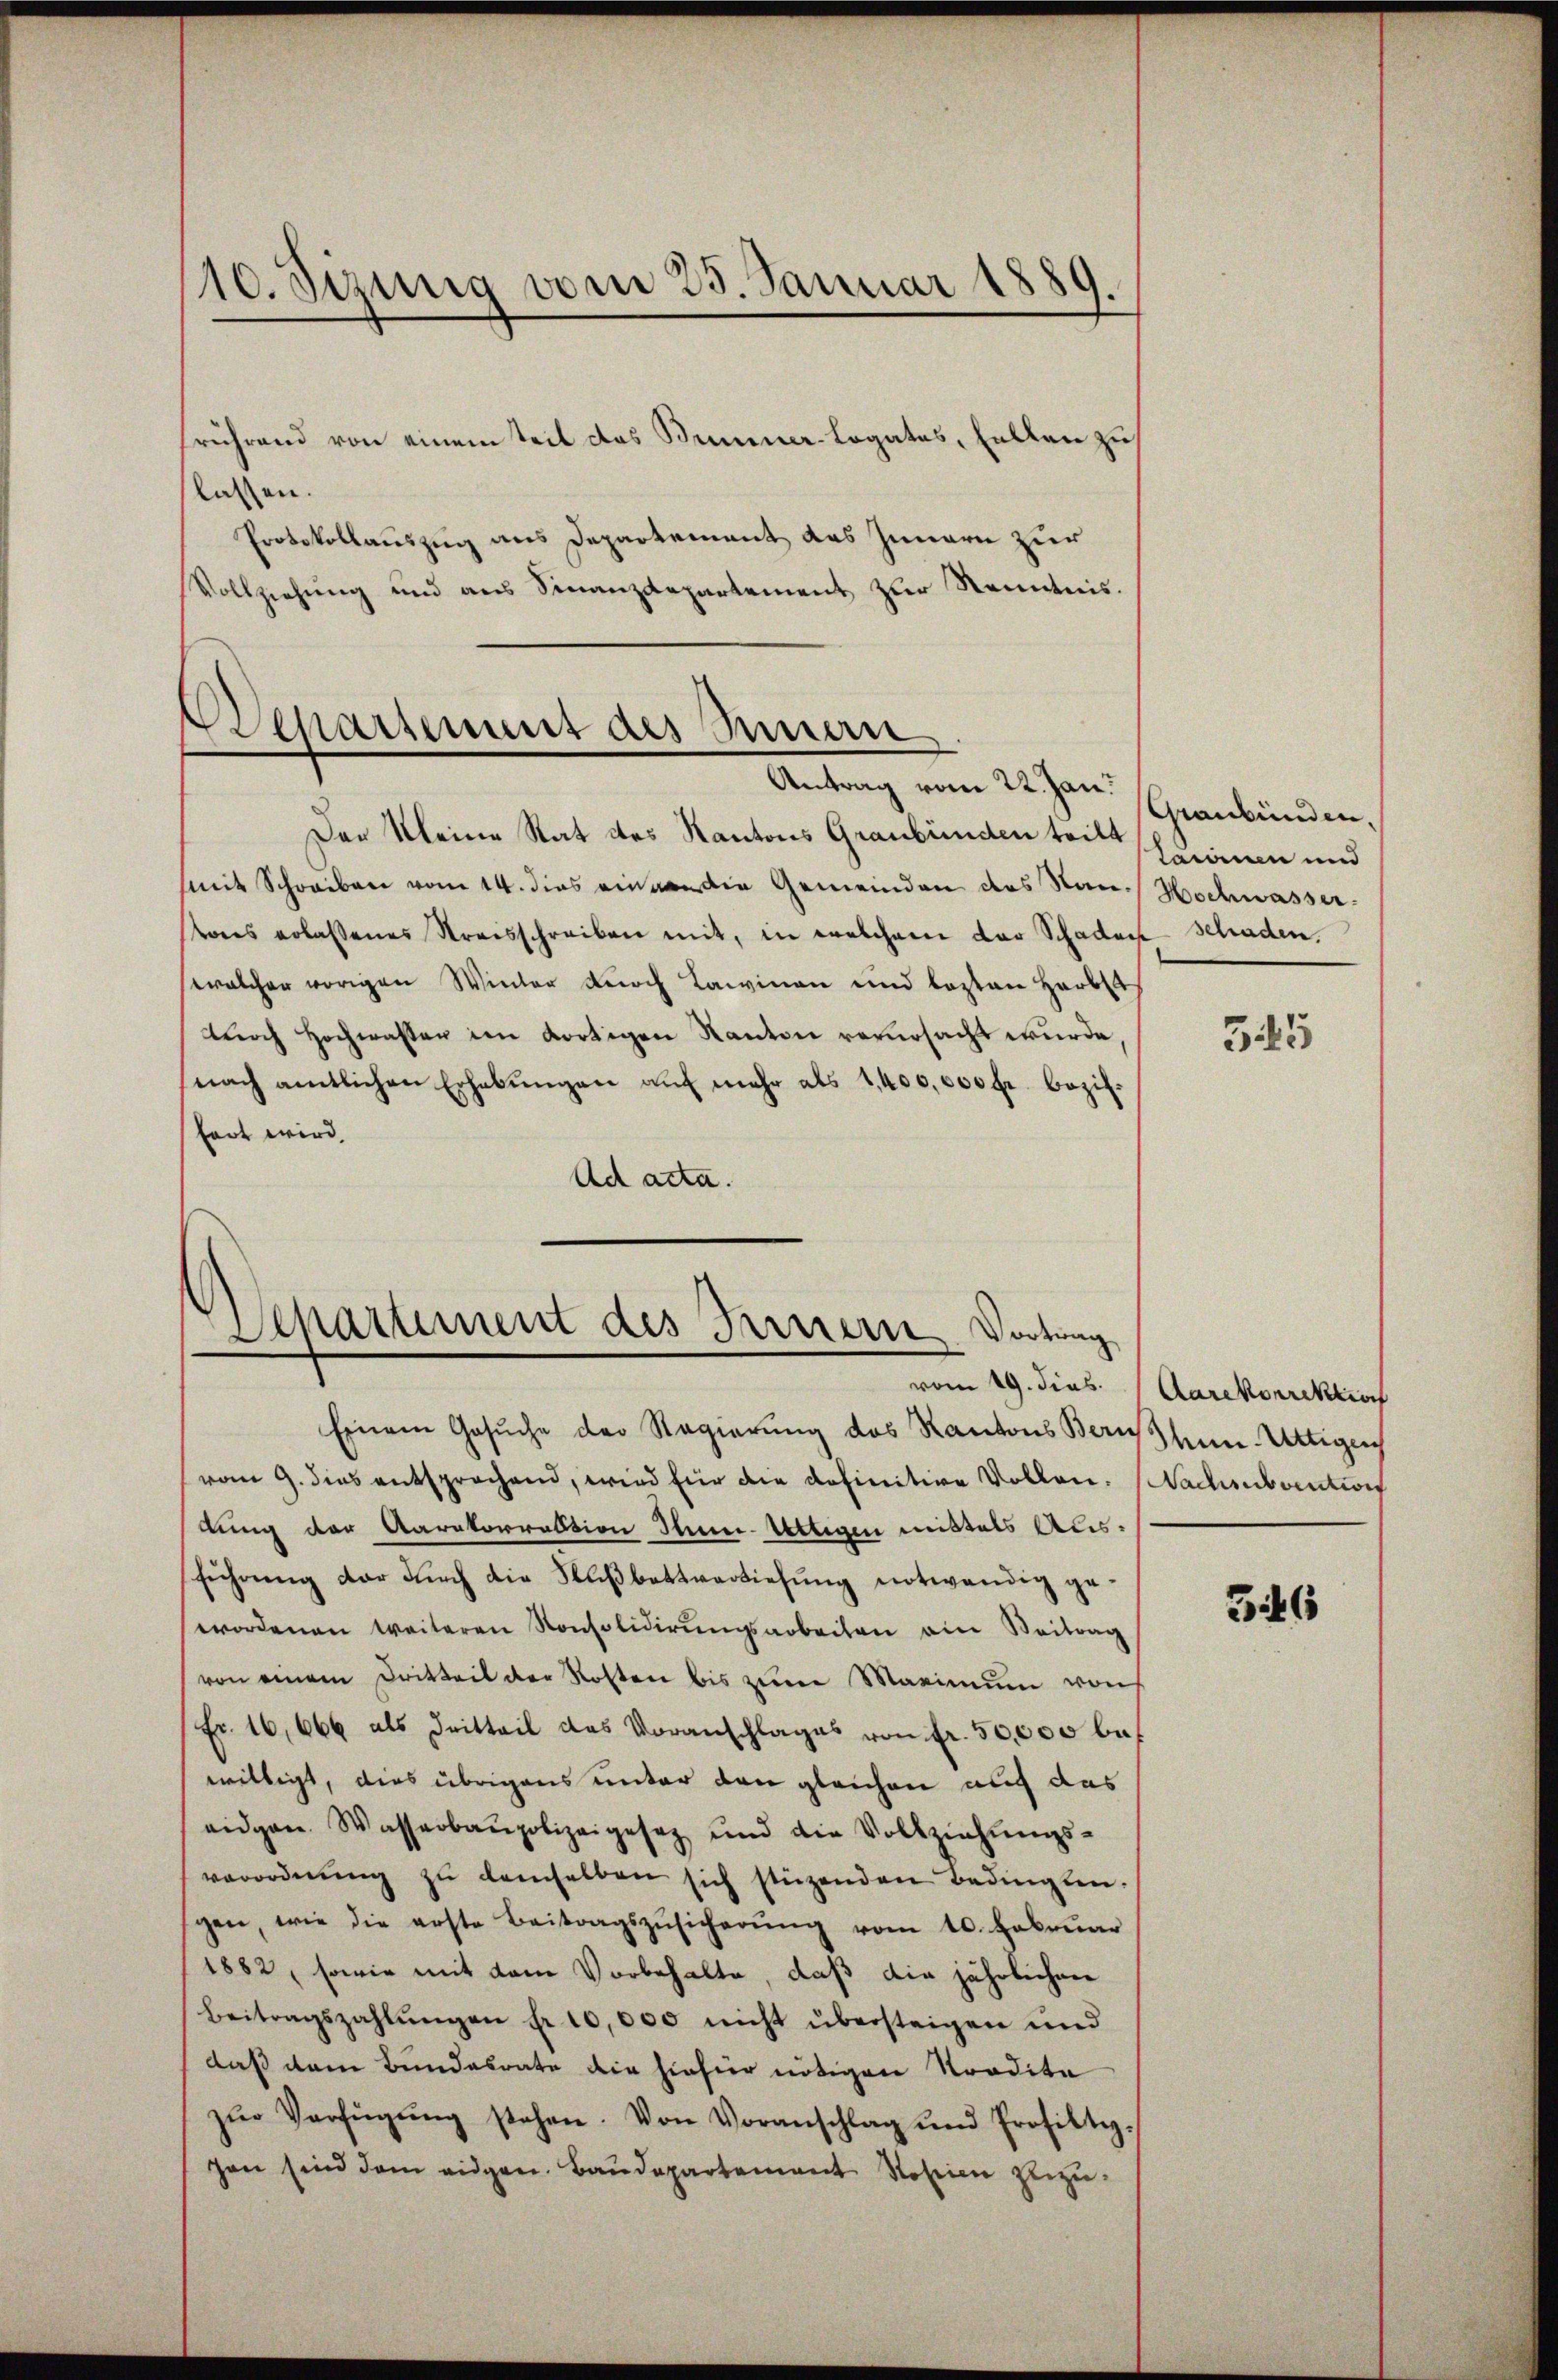
10. Sizung vom 25. Januar 1889.

Frührend von einem Teil das Bummer-Logates, fallen zu
lassen.
Protokollauszug aus Departement das Innern zur
Vollziehung und aus Finanzdepartement zur Kenntnis.

Departemit des Innern
Antrag vom 22. Jan. Graubünden,

Der Kleine Rat des Kantons Graubünden teilt
mit Schreiben vom 14. dies ein die Gemeinden des San. Hochwasser-
ores erlassenes Streisschreiben mit, in welchem der Schadoch schaden.
welcher vorigen Winter durch Lawinen und lezten Harblas
dŭrch Hochwasser im dortigen Kanton verursacht wurde,
nach amtlichen Erhebŭngen aŭf mehr als 1,400,000 fr. bezil.
fert wird.
Ad acta.

Depariment des Harriern Vortrag
vom 19. dies

Einem Gesŭche der Regierung des Kantons Bausun-Uttigen
vom 9. dies entsprochend, wird für die definitive Vollen. Nachsubventions
lung der Aaratorrektion Inn-Uttigen mittels Ausführung der durch die Flußbettverziehung notwendig gewordenen weiteren Konsolidierŭngsarbeiten ein Beitrag
von einem Dritteil der Kosten bis zŭm Maximŭm von
Fr. 16,666 als Dritteil das Voranschlages von fr. 50,000 bes
willigt, dies übrigens unter den gleichen auch das
eidgen. Wasserbaupolizeigesez und die Vollziehŭngs-
verordnŭng zŭ demselben sich stüzenden Bedingungen, wie die erste Beitragszŭsicherŭng vom 10. Febrŭar
1882, sowie mit dem Vorbehalte, daß die jährlichen
Beitragszahlŭngen fr. 10,000 nicht übersteigen und
daß dem Bundesrate die hiefier nötigen Tradita
zŭr Verfügŭng stehen. Von Voranschlag und Profilti-
gen sind dem eidgen. Baŭdepartement Rosinen zuzu¬

tainen und

35

Aarekorrektion

546